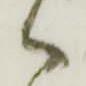
御